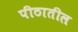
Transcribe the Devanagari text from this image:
पीठातील